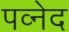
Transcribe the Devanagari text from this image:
पव्नेद